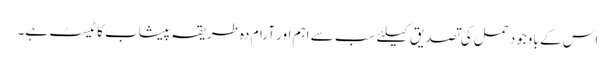
اس کے باوجود حمل کی تصدیق کیلئے سب سے اہم اور آرام دہ طریقہ پیشاب کا ٹیسٹ ہے۔